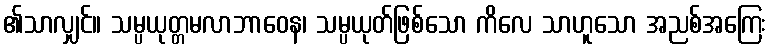
၏သာလျှင်။ သမ္ပယုတ္တမလာဘာဝေန၊ သမ္ပယုတ်ဖြစ်သော ကိလေ သာဟူသော အညစ်အကြေး